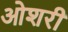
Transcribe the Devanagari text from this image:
ओशरी